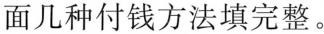
面几种付钱方法填完整。